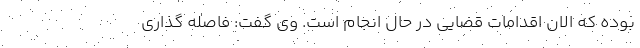
بوده که الان اقدامات قضایی در حال انجام است. وی گفت: فاصله گذاری